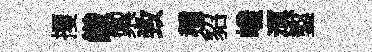
攫織禦致種貂巉溟鑿